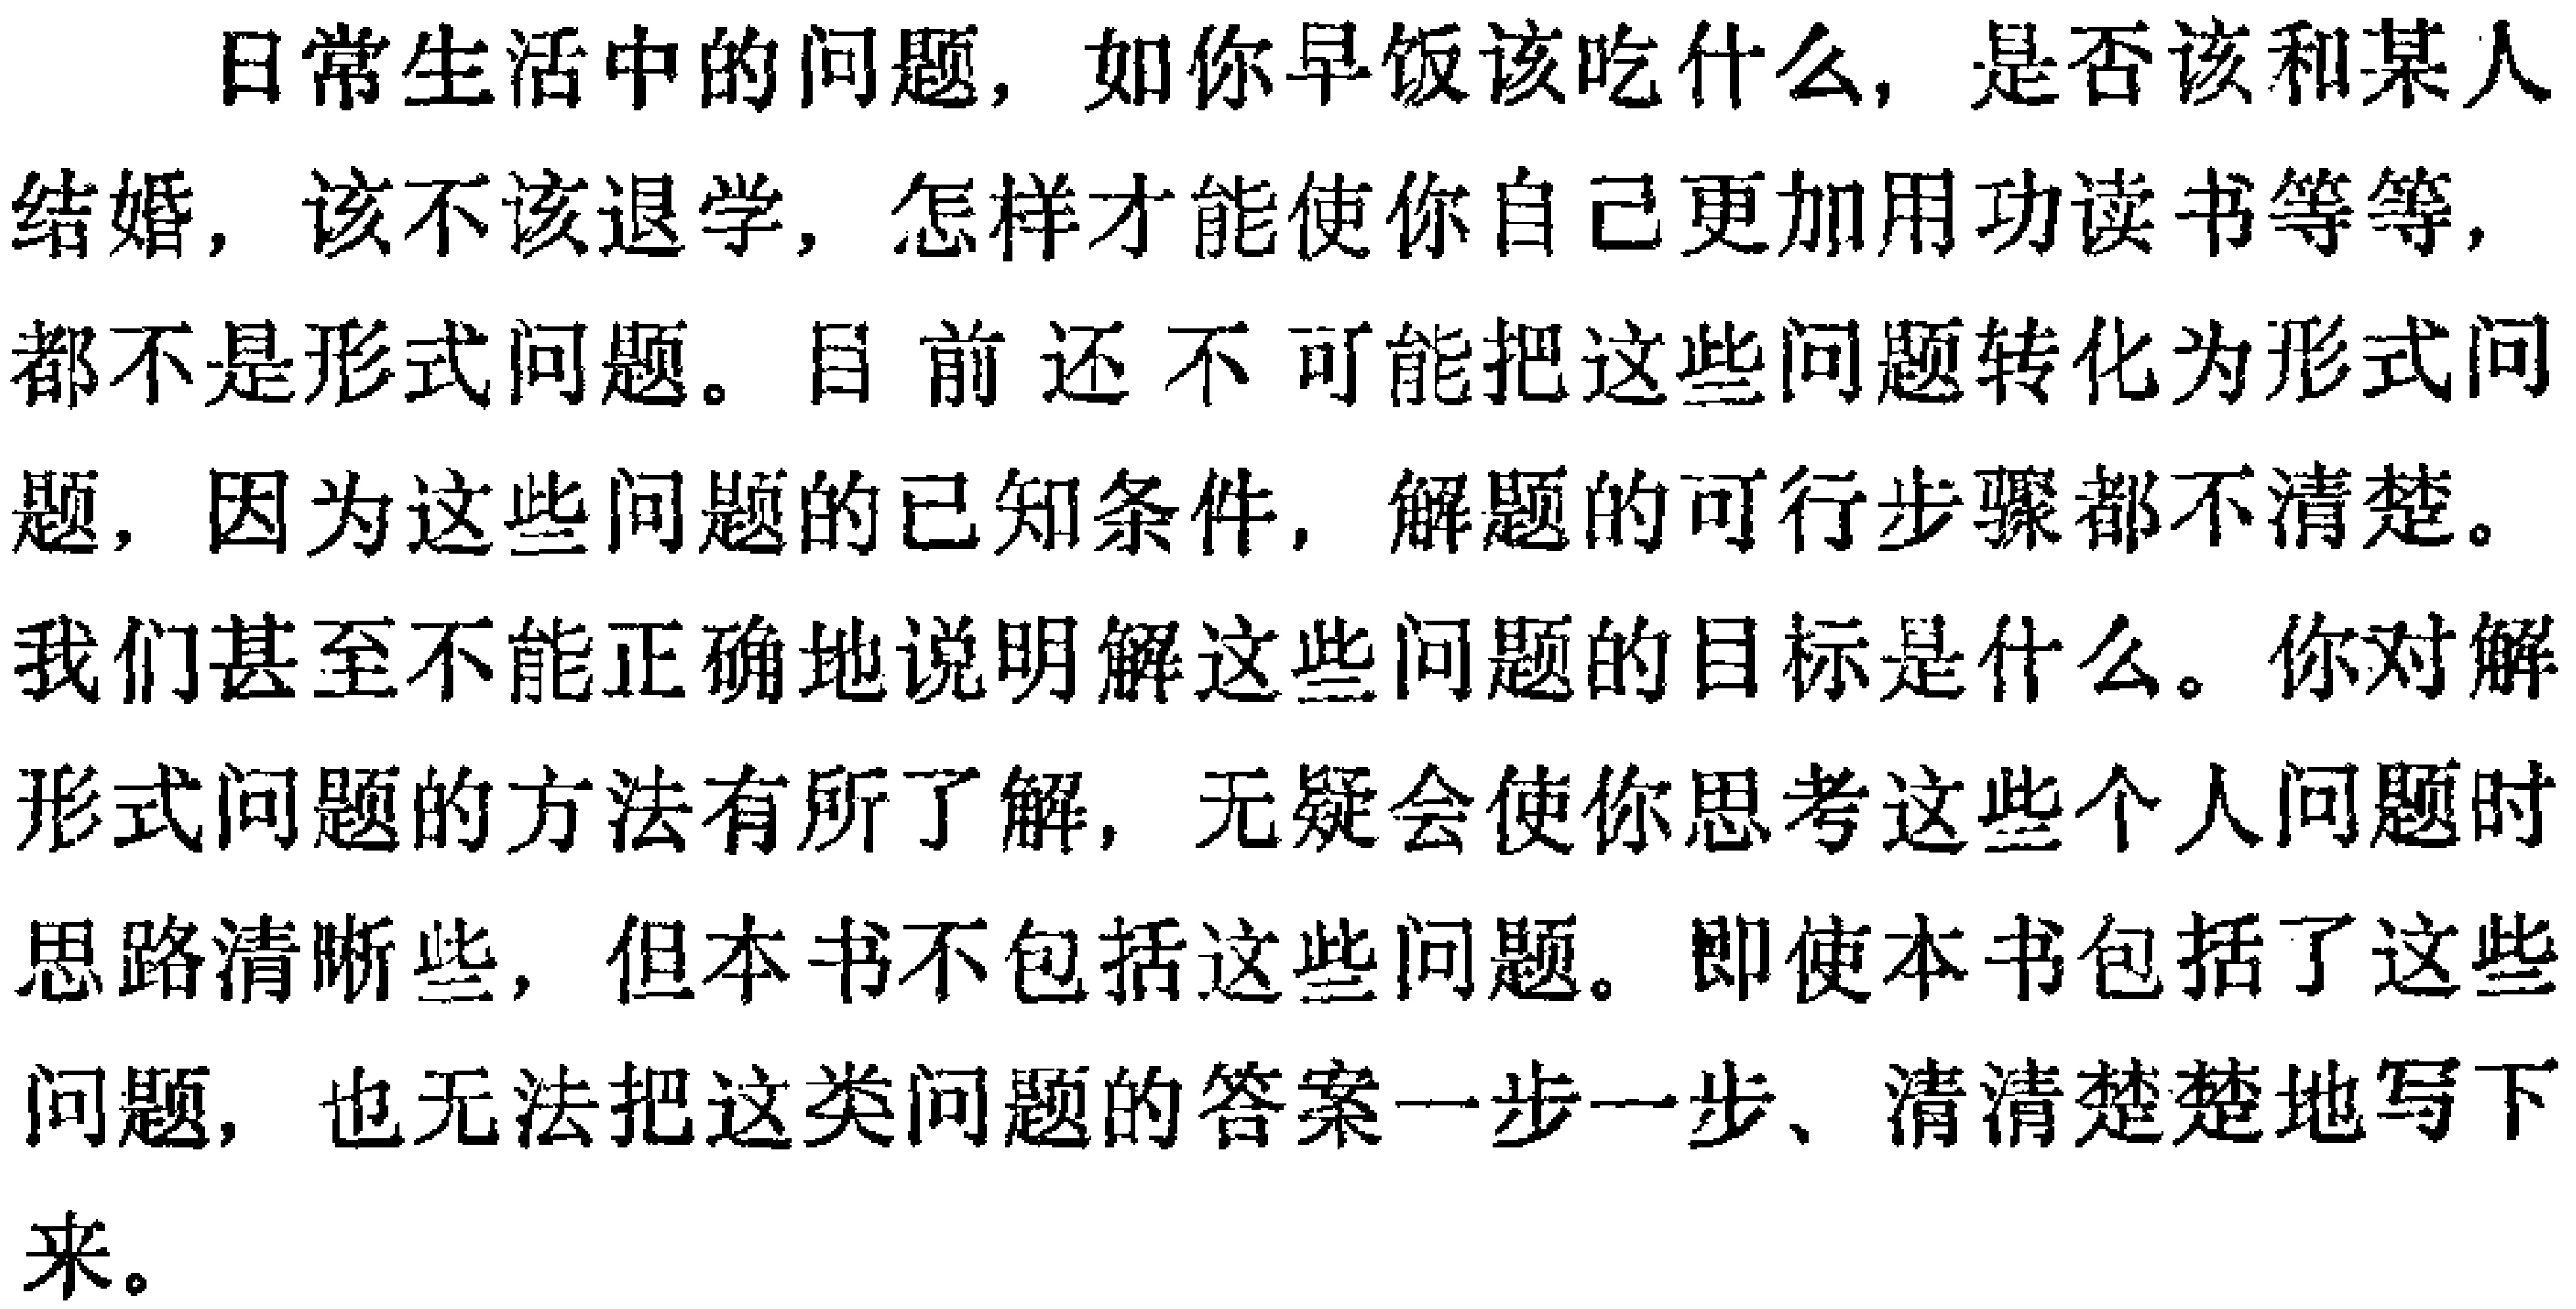
日常生活中的问题，如你早饭该吃什么，是否该和某人
结婚，该不该退学，怎样才能使你自己更加用功读书等等，
都不是形式问题。目前还不可能把这些问题转化为形式问
题，因为这些问题的已知条件，解题的可行步骤都不清楚。
我们甚至不能正确地说明解这些问题的目标是什么。你对解
形式问题的方法有所了解，无疑会使你思考这些个人问题时
思路清晰些，但本书不包括这些问题。即使本书包括了这些
问题，也无法把这类问题的答案一步一步、清清楚楚地写下
来。